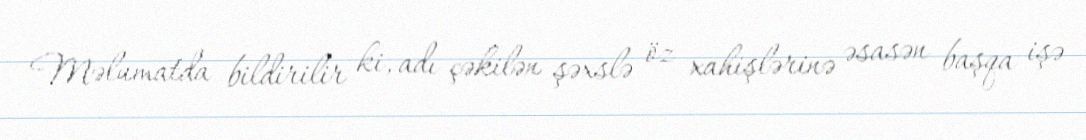
Məlumatda bildirilir ki, adı çəkilən şəxslə öz xahişlərinə əsasən başqa işə